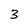
Character: 3